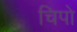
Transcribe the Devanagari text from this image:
चिपो